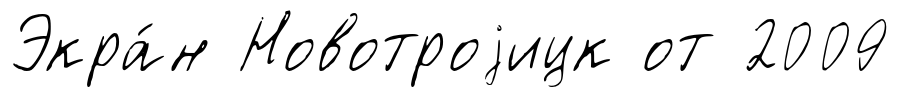
Экра́н Новотроjицк от 2009